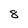
Character: 8